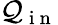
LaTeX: \mathcal{Q}_{\mathrm{{~i~n~}}}